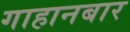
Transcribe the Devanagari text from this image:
गाहानबार